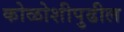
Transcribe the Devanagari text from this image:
कोळोशीपुढील